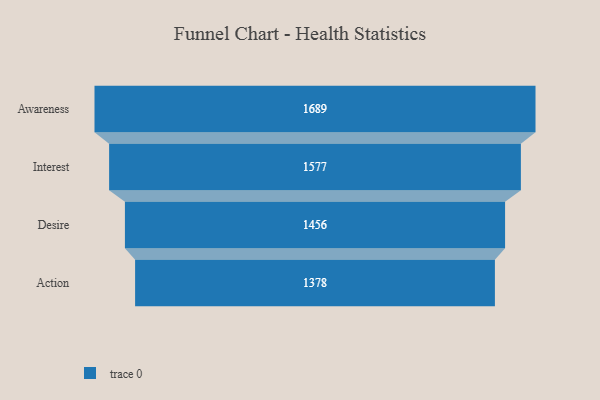
{"axis": {"x": "Stage", "y": "Value"}, "legend": [""], "data": [{"x": "Awareness", "y": 1689.0, "type": ""}, {"x": "Interest", "y": 1577.0, "type": ""}, {"x": "Desire", "y": 1456.0, "type": ""}, {"x": "Action", "y": 1378.0, "type": ""}]}